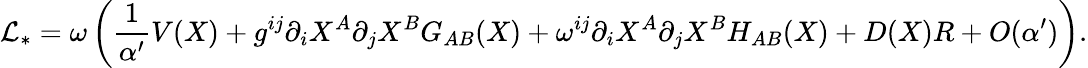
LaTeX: {\cal L}_{\ast}=\omega\left(\frac 1{\alpha^{\prime}}V(X)+g^{ij}\partial_{i}X^{A}\partial_{j}X^{B}G_{AB}(X)+\omega^{ij}\partial_{i}X^{A}\partial_{j}X^{B}H_{AB}(X)+D(X)R+O(\alpha^{\prime})\right).